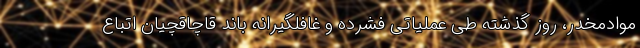
موادمخدر، روز گذشته طی عملیاتی فشرده و غافلگیرانه باند قاچاقچیان اتباع